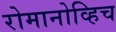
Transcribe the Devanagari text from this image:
रोमानोव्हिच